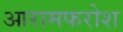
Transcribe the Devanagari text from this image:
आरामफरोश